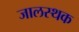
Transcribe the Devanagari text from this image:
जालस्थक